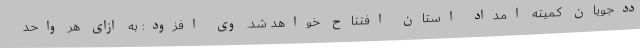
ددجویان کمیته امداد استان افتتاح خواهد شد. وی افزود: به ازای هر واحد